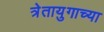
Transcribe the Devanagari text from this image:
त्रेतायुगाच्या